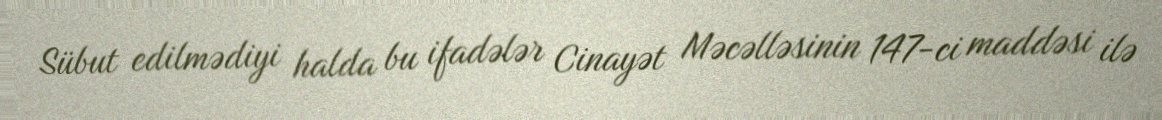
Sübut edilmədiyi halda bu ifadələr Cinayət Məcəlləsinin 147-ci maddəsi ilə